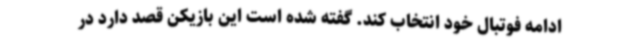
ادامه فوتبال خود انتخاب کند. گفته شده است این بازیکن قصد دارد در